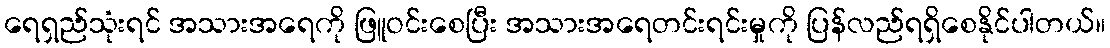
ရေရှည်သုံးရင် အသားအရေကို ဖြူဝင်းစေပြီး အသားအရေတင်းရင်းမှုကို ပြန်လည်ရရှိစေနိုင်ပါတယ်။